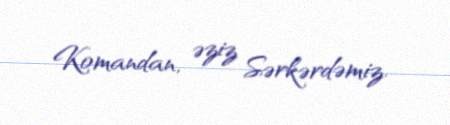
Komandan, əziz Sərkərdəmiz.